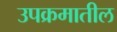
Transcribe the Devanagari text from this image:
उपक्रमातील